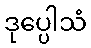
ဒုပ္ပေါသံ